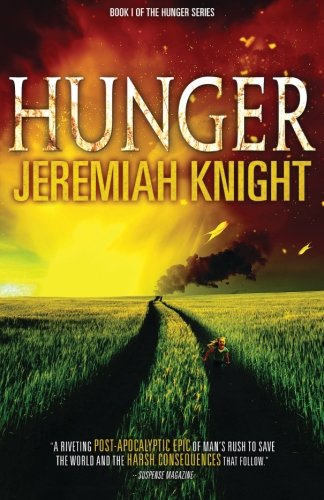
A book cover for Hunger (The Hunger Series) (Volume 1); Jeremiah Knight; Science Fiction & Fantasy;